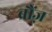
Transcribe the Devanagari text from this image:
ब्रौंज़